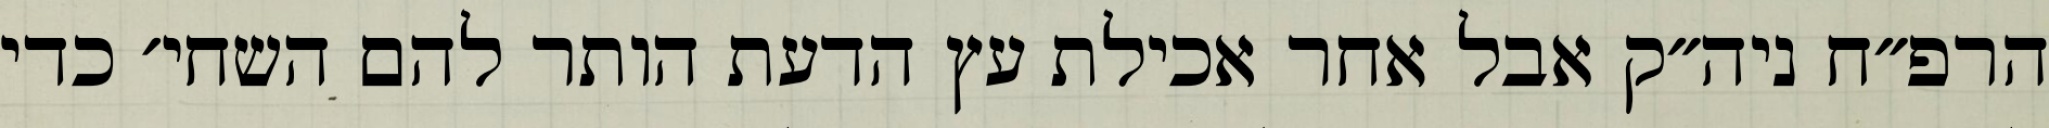
הרפ״ח ניה״ק אבל אחר אכילת עץ הדעת הותר להם השחי׳ כדי